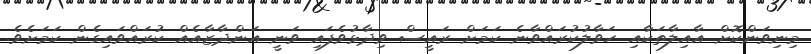
މިނިވަންކޮށް އާއިލާތަކާއި ހަވާލުކުރައްވާނެ ކަމަށް ރައީސް ވިދާޅުވެފައި ވަނީ އަންދާޒާއެއް ކުރައްވައިގެން ކަމަށެވެ.